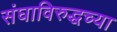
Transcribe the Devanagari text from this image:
संघाविरुद्धच्या